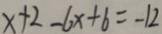
x + 2 - 6 x + 6 = - 1 2